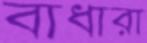
বাধারা